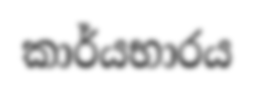
කාර්යභාරය